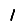
Digit: 1